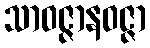
သာဝဇ္ဇာနဝဇ္ဇာ